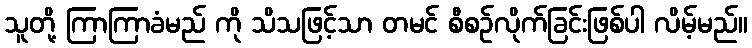
သူတို့ ကြာကြာခံမည် ကို သိသဖြင့်သာ တမင် စီစဉ်လိုက်ခြင်းဖြစ်ပါ လိမ့်မည်။